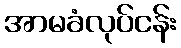
အာမခံလုပ်ငန်း